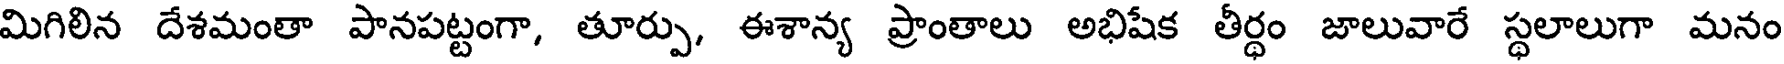
మిగిలిన దేశమంతా పానపట్టంగా, తూర్పు, ఈశాన్య ప్రాంతాలు అభిషేక తీర్ధం జాలువారే స్థలాలుగా మనం